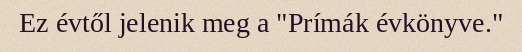
Ez évtől jelenik meg a "Prímák évkönyve."